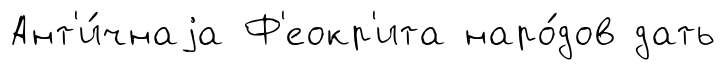
Ант'и́чнаjа Ф'еокр'ита наро́дов дать